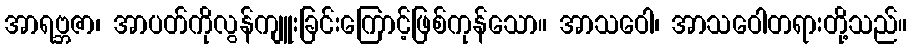
အာရဗ္ဘဇာ၊ အာပတ်ကိုလွန်ကျူးခြင်းကြောင့်ဖြစ်ကုန်သော။ အာသဝေါ၊ အာသဝေါတရားတို့သည်။